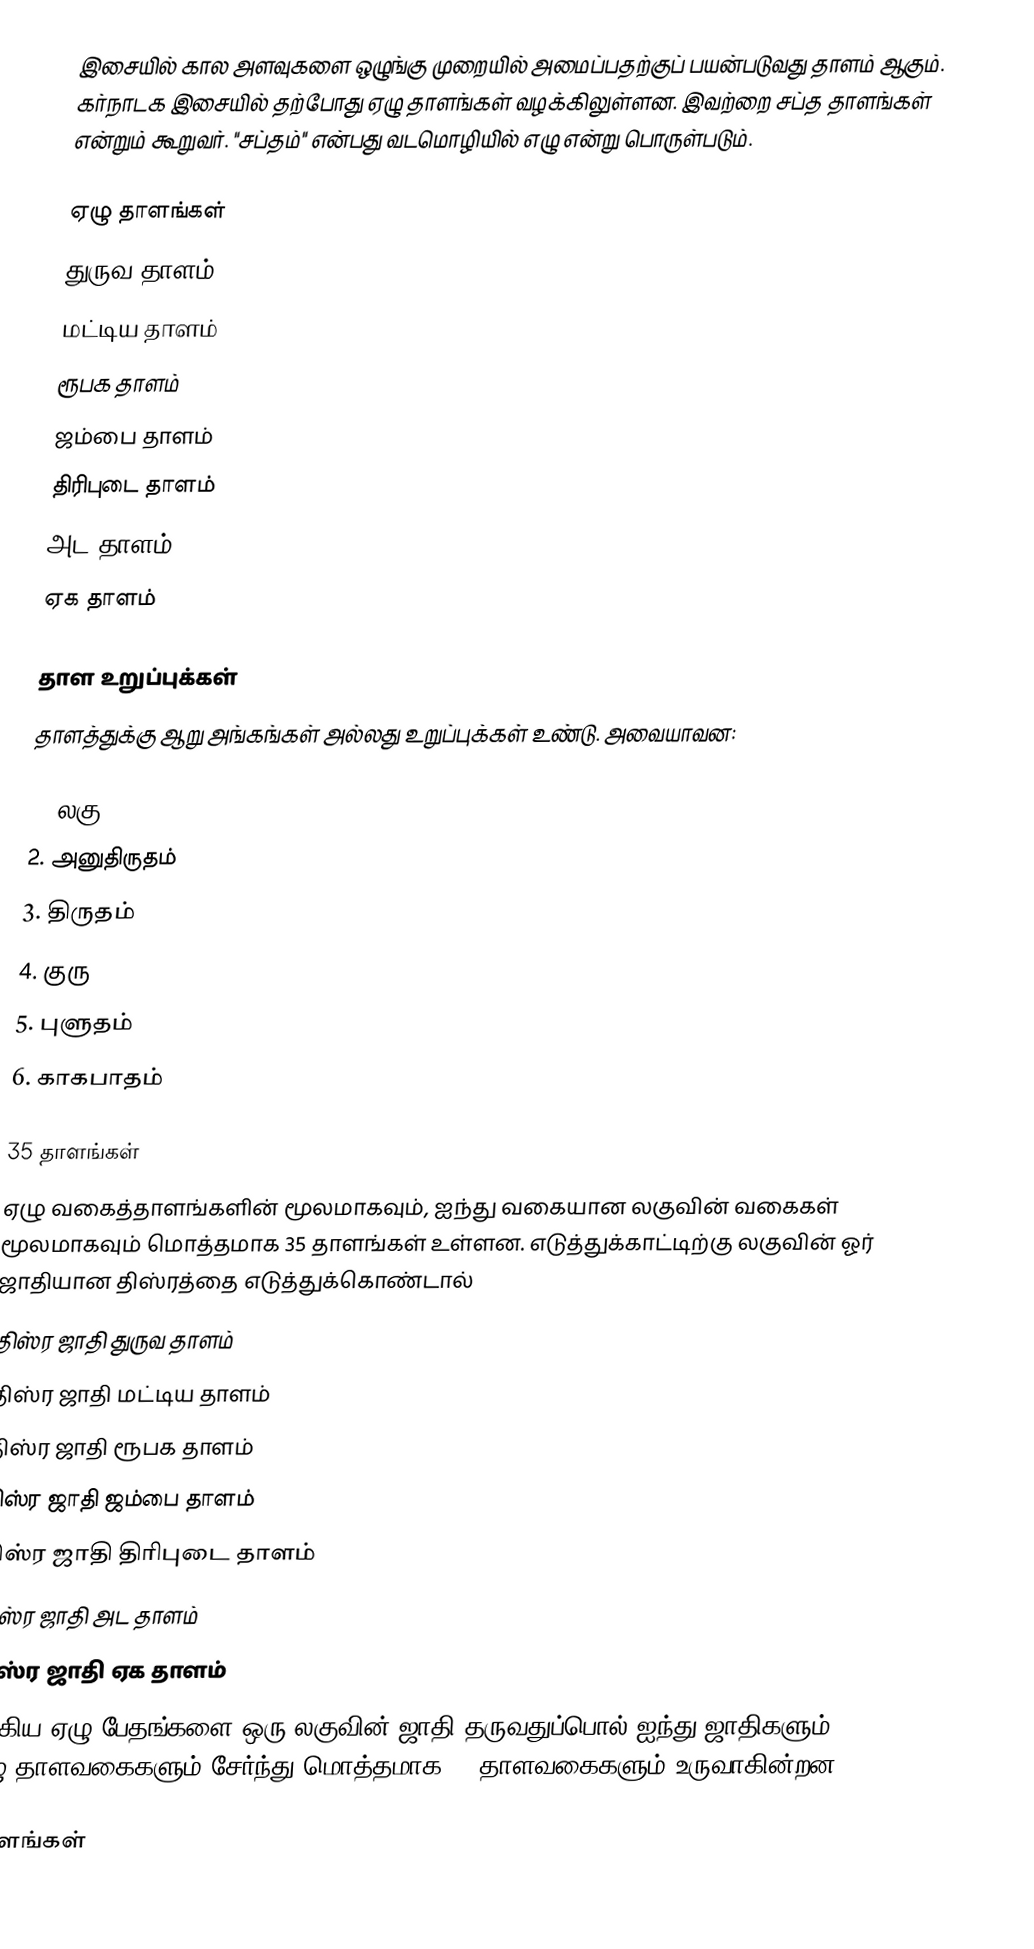
இசையில் கால அளவுகளை ஒழுங்கு முறையில் அமைப்பதற்குப் பயன்படுவது தாளம் ஆகும். கர்நாடக இசையில் தற்போது ஏழு தாளங்கள் வழக்கிலுள்ளன. இவற்றை சப்த தாளங்கள் என்றும் கூறுவர். "சப்தம்" என்பது வடமொழியில் எழு என்று பொருள்படும்.

ஏழு தாளங்கள்
 துருவ தாளம்
 மட்டிய தாளம்
 ரூபக தாளம்
 ஜம்பை தாளம்
 திரிபுடை தாளம்
 அட தாளம்
 ஏக தாளம்

தாள உறுப்புக்கள்
தாளத்துக்கு ஆறு அங்கங்கள் அல்லது உறுப்புக்கள் உண்டு. அவையாவன:

 1. லகு
 2. அனுதிருதம்
 3. திருதம்
 4. குரு
 5. புளுதம்
 6. காகபாதம்

35 தாளங்கள்
ஏழு வகைத்தாளங்களின் மூலமாகவும், ஐந்து வகையான லகுவின் வகைகள் மூலமாகவும் மொத்தமாக 35 தாளங்கள் உள்ளன. எடுத்துக்காட்டிற்கு லகுவின் ஓர் ஜாதியான திஸ்ரத்தை எடுத்துக்கொண்டால்
 திஸ்ர ஜாதி துருவ தாளம்
 திஸ்ர ஜாதி மட்டிய தாளம்
 திஸ்ர ஜாதி ரூபக தாளம்
 திஸ்ர ஜாதி ஜம்பை தாளம்
 திஸ்ர ஜாதி திரிபுடை தாளம்
 திஸ்ர ஜாதி அட தாளம்
 திஸ்ர ஜாதி ஏக தாளம்
ஆகிய ஏழு பேதங்களை ஒரு லகுவின் ஜாதி தருவதுப்பொல் ஐந்து ஜாதிகளும், ஏழு தாளவகைகளும் சேர்ந்து மொத்தமாக 35 தாளவகைகளும் உருவாகின்றன.

தாளங்கள்